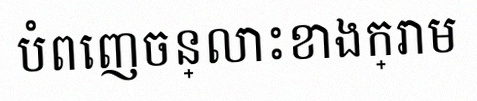
បំពេញចន្លោះខាងក្រោម